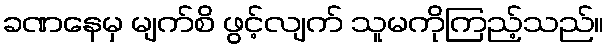
ခဏနေမှ မျက်စိ ဖွင့်လျက် သူမကိုကြည့်သည်။